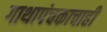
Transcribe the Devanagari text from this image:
गाथापंचकाचाही